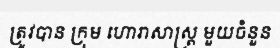
ត្រូវបាន ក្រុម ហោរាសាស្ត្រ មួយចំនួន